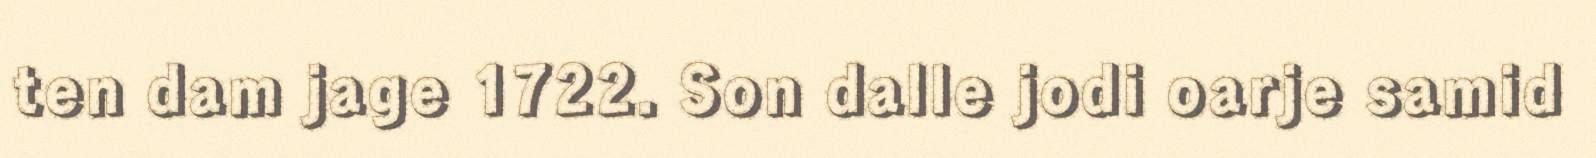
ten dam jage 1722. Son dalle jodi oarje samid